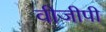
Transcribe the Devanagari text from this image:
वीजीपी